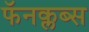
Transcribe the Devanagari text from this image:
फॅनक्लब्स